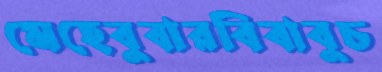
মেহেবুবারবিবাবুচ